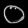
Digit: ၀